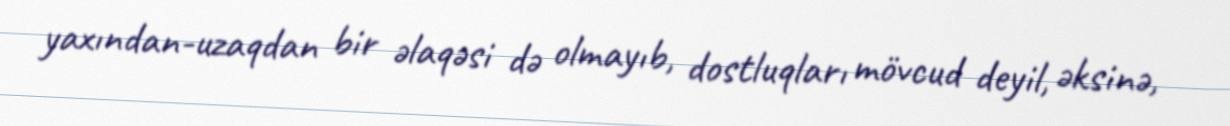
yaxından-uzaqdan bir əlaqəsi də olmayıb, dostluqları mövcud deyil, əksinə,